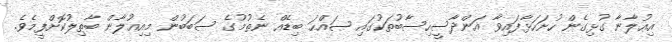
އިޢުލާނާ ގުޅިގެން ހުށަހަޅާފައިވާ އަންދާސީހިސާބުތަކުގައި ޞައްޙަ ބިޑެއް ނެތުމުގެ ސަބަބުން މިއިޢުލާން ބާޠިލުކޮށްފީމެވެ.